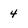
Character: 4